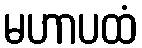
မဟာပထံ